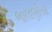
ભાલણીયા